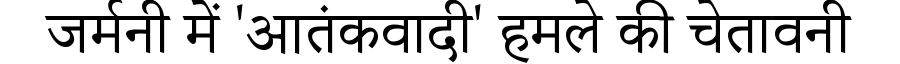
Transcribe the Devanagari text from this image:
जर्मनी में 'आतंकवादी' हमले की चेतावनी